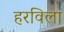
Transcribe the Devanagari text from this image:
हरविला